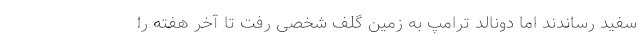
سفید رساندند اما دونالد ترامپ به زمین گلف شخصی رفت تا آخر هفته را